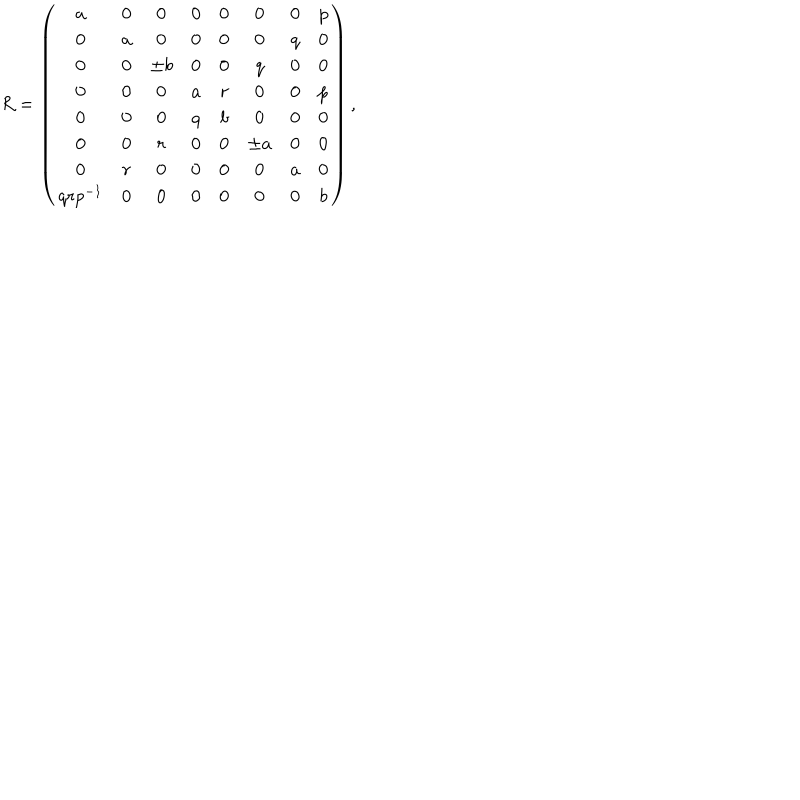
LaTeX: R = \left( \begin{array} { c c c c c c c c } { { a } } & { { 0 } } & { { 0 } } & { { 0 } } & { { 0 } } & { { 0 } } & { { 0 } } & { { p } } \\ { { 0 } } & { { a } } & { { 0 } } & { { 0 } } & { { 0 } } & { { 0 } } & { { q } } & { { 0 } } \\ { { 0 } } & { { 0 } } & { { \pm b } } & { { 0 } } & { { 0 } } & { { q } } & { { 0 } } & { { 0 } } \\ { { 0 } } & { { 0 } } & { { 0 } } & { { a } } & { { r } } & { { 0 } } & { { 0 } } & { { p } } \\ { { 0 } } & { { 0 } } & { { 0 } } & { { q } } & { { b } } & { { 0 } } & { { 0 } } & { { 0 } } \\ { { 0 } } & { { 0 } } & { { r } } & { { 0 } } & { { 0 } } & { { \pm a } } & { { 0 } } & { { 0 } } \\ { { 0 } } & { { r } } & { { 0 } } & { { 0 } } & { { 0 } } & { { 0 } } & { { a } } & { { 0 } } \\ { { q r p ^ { - 1 } } } & { { 0 } } & { { 0 } } & { { 0 } } & { { 0 } } & { { 0 } } & { { 0 } } & { { b } } \\ \end{array} \right) ,